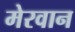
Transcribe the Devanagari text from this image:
मेरवान